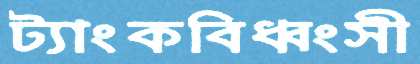
ট্যাংকবিধ্বংসী